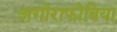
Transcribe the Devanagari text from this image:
अगोराफोबिया